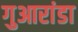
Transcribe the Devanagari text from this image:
गुआरांडा